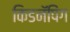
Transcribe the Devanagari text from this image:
किडनॅपिंग